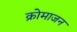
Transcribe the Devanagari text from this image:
क्रोमाजन